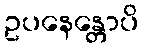
ဥပနေန္တောပိ